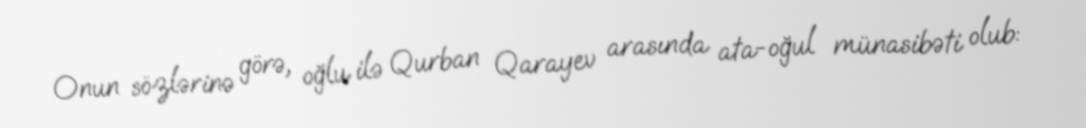
Onun sözlərinə görə, oğlu ilə Qurban Qarayev arasında ata-oğul münasibəti olub: